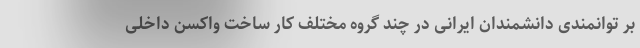
بر توانمندی دانشمندان ایرانی در چند گروه مختلف کار ساخت واکسن داخلی